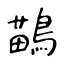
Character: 鶓